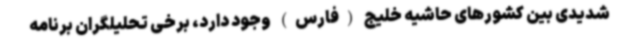
شدیدی بین کشورهای حاشیه خلیج (فارس) وجود دارد، برخی تحلیلگران برنامه